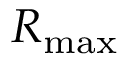
R _ { \mathrm { m a x } }